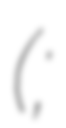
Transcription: (;